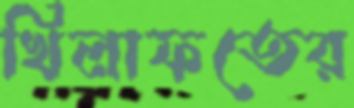
খিলাফতের